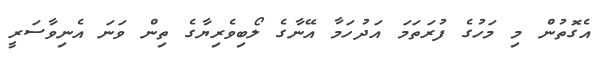
އެގޮތުން މި މަހުގެ ފުރަތަމަ އަދުހަމާ އޭނާގެ ލޯބިވެރިޔާގެ ތިން ވަނަ އެނިވާސަރީ